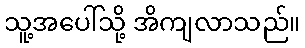
သူ့အပေါ်သို့ အိကျလာသည်။